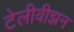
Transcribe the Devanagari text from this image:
टेलीवीझन